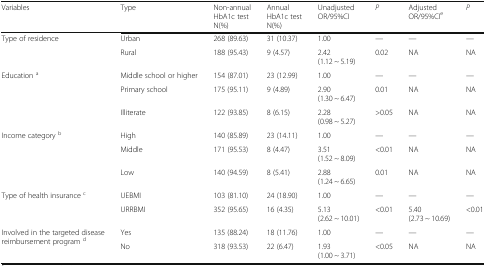
| Variables | Type | Non-annual HbA1c testN(%) | Annual HbA1c testN(%) | Unadjusted OR/95%CI | P | Adjusted OR/95%CIe | P |
 | --- | --- | --- | --- | --- | --- | --- | --- |
 | <ROWSPAN=2> Type of residence | Urban | 268 (89.63) | 31 (10.37) | 1.00 | — | — | — |
 | Rural | 188 (95.43) | 9 (4.57) | 2.42(1.12 ~ 5.19) | 0.02 | NA | NA |
 | <ROWSPAN=3> Education a | Middle school or higher | 154 (87.01) | 23 (12.99) | 1.00 | — | — | — |
 | Primary school | 175 (95.11) | 9 (4.89) | 2.90(1.30 ~ 6.47) | 0.01 | NA | NA |
 | Illiterate | 122 (93.85) | 8 (6.15) | 2.28(0.98 ~ 5.27) | >0.05 | NA | NA |
 | <ROWSPAN=3> Income category b | High | 140 (85.89) | 23 (14.11) | 1.00 | — | — | — |
 | Middle | 171 (95.53) | 8 (4.47) | 3.51(1.52 ~ 8.09) | <0.01 | NA | NA |
 | Low | 140 (94.59) | 8 (5.41) | 2.88(1.24 ~ 6.65) | 0.01 | NA | NA |
 | <ROWSPAN=2> Type of health insurance c | UEBMI | 103 (81.10) | 24 (18.90) | 1.00 | — | — | — |
 | URRBMI | 352 (95.65) | 16 (4.35) | 5.13(2.62 ~ 10.01) | <0.01 | 5.40(2.73 ~ 10.69) | <0.01 |
 | <ROWSPAN=2> Involved in the targeted disease reimbursement program d | Yes | 135 (88.24) | 18 (11.76) | 1.00 | — | — | — |
 | No | 318 (93.53) | 22 (6.47) | 1.93(1.00 ~ 3.71) | <0.05 | NA | NA |